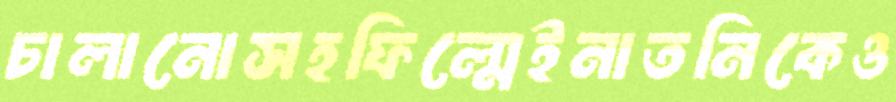
চালানোসহফিল্মেইনাতনিকেও